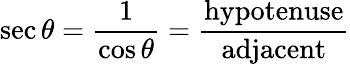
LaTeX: \sec\theta={\frac{1}{\cos\theta}}={\frac{\mathrm{hypotenuse}}{\mathrm{adjacent}}}